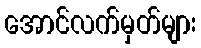
အောင်လက်မှတ်များ